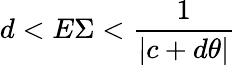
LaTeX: d<E\Sigma<\frac{1}{|c+d\theta|}